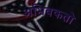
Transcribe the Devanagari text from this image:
अभिवकतो